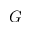
G